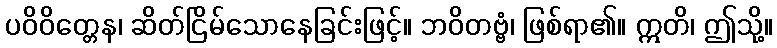
ပဝိဝိတ္တေန၊ ဆိတ်ငြိမ်သောနေခြင်းဖြင့်။ ဘဝိတဗ္ဗံ၊ ဖြစ်ရာ၏။ ဣတိ၊ ဤသို့။